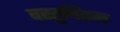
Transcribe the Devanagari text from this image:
वस्तुचिंतन